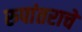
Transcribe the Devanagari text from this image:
रुपांतराचे